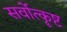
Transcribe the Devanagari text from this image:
सर्वोत्कॄष्ट